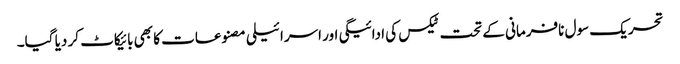
تحریک سول نافرمانی کے تحت ٹیکس کی ادائیگی اور اسرائیلی مصنوعات کا بھی بائیکاٹ کر دیا گیا۔